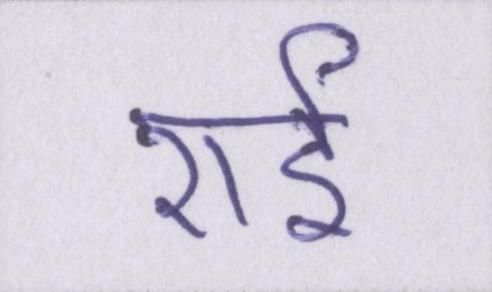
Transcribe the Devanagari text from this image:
राई